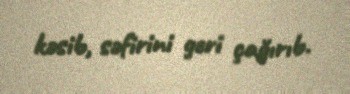
kəsib, səfirini geri çağırıb.